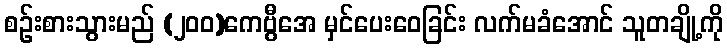
စဉ်းစားသွားမည် (၂၀၀)ကေဗွီအေ မှင်ပေးဝေခြင်း လက်မခံအောင် သူတချို့ကို